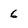
Character: 6